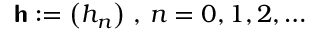
\boldsymbol { \mathsf { h } } : = \left( h _ { n } \right) \, , \, n = 0 , 1 , 2 , \dotsc